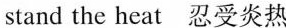
stand the heat 忍受炎热